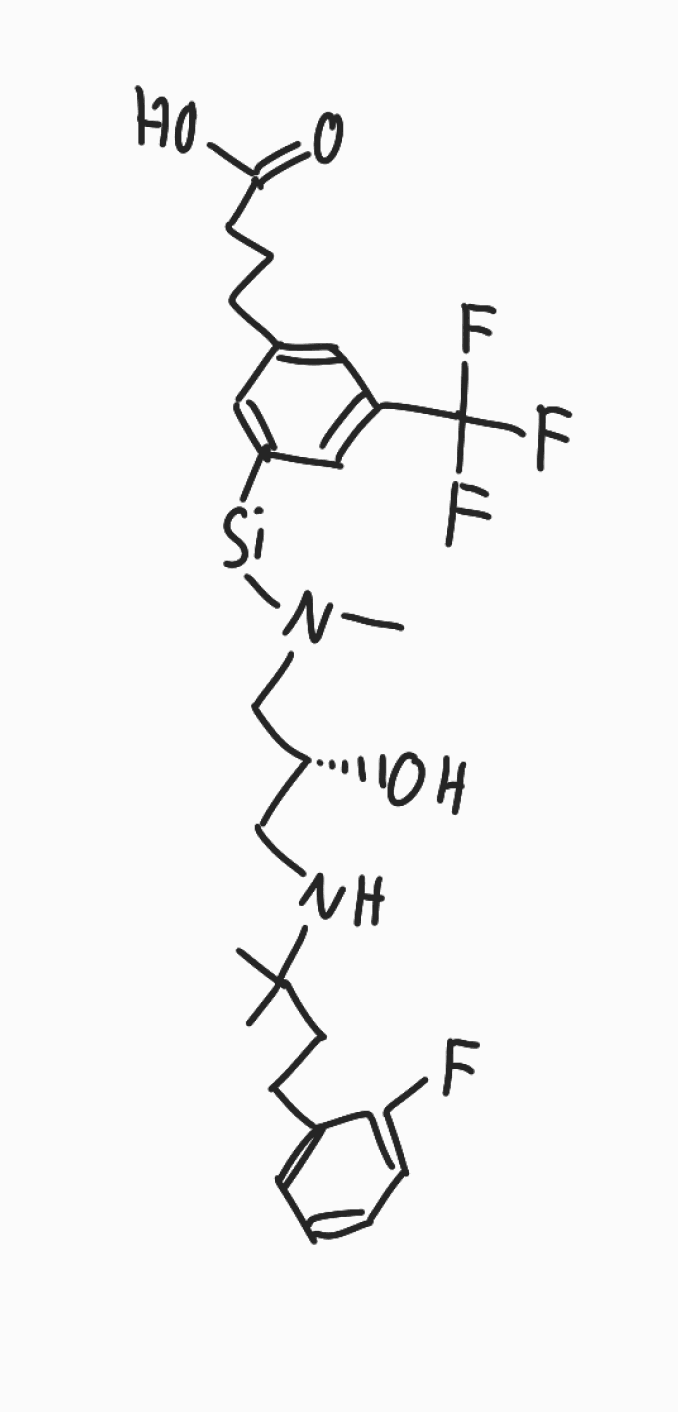
Simplified molecular-input line-entry system (SMILES) notation of the given molecule:
CC(C)(CCCC1=CC=CC=C1F)NC[C@H](CN(C)[Si]C2=CC(=CC(=C2)C(F)(F)F)CCCC(=O)O)O